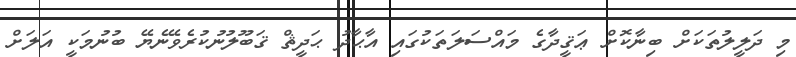
މި ދަލީލުތަކަށް ބިނާކޮށް ޢަޤީދާގެ މައްސަލަތަކުގައި އާޙާދު ޙަދީޘް ޤަބޫލުނުކުރެވޭނެޔޭ ބުނުމަކީ އަލަށް